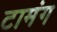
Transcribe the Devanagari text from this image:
टामंग